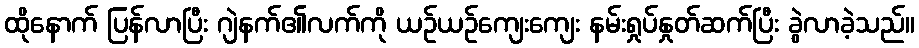
ထိုနောက် ပြန်လာပြီး ဂျဲနက်၏လက်ကို ယဉ်ယဉ်ကျေးကျေး နမ်းရှုပ်နှုတ်ဆက်ပြီး ခွဲလာခဲ့သည်။